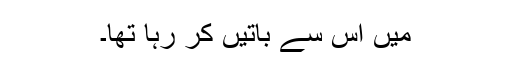
میں اس سے باتیں کر رہا تھا۔